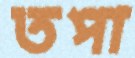
তপা